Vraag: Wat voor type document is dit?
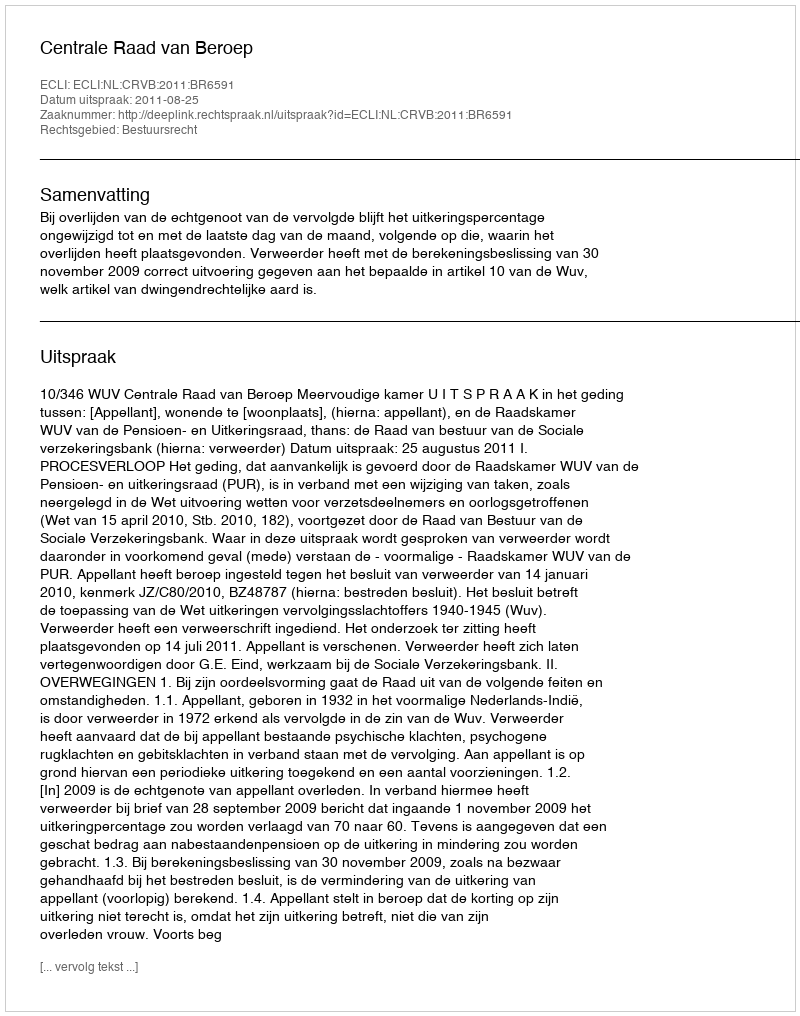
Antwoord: Uitspraak